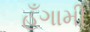
હઁગામી